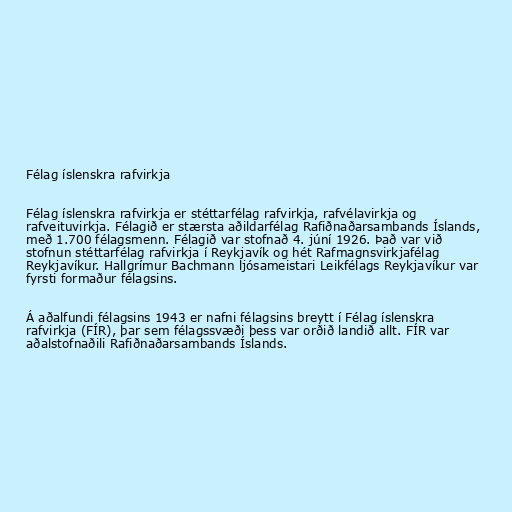
Félag íslenskra rafvirkja

Félag íslenskra rafvirkja er stéttarfélag rafvirkja, rafvélavirkja og
rafveituvirkja. Félagið er stærsta aðildarfélag Rafiðnaðarsambands Íslands,
með 1.700 félagsmenn. Félagið var stofnað 4. júní 1926. Það var við
stofnun stéttarfélag rafvirkja í Reykjavík og hét Rafmagnsvirkjafélag
Reykjavíkur. Hallgrímur Bachmann ljósameistari Leikfélags Reykjavíkur var
fyrsti formaður félagsins.

Á aðalfundi félagsins 1943 er nafni félagsins breytt í Félag íslenskra
rafvirkja (FÍR), þar sem félagssvæði þess var orðið landið allt. FÍR var
aðalstofnaðili Rafiðnaðarsambands Íslands.